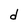
Character: d